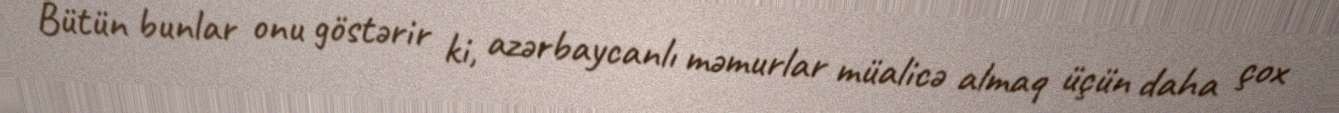
Bütün bunlar onu göstərir ki, azərbaycanlı məmurlar müalicə almaq üçün daha çox